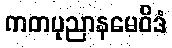
ကတပုညာနမေဝိဒံ